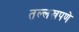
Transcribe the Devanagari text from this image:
तल्लखपणे